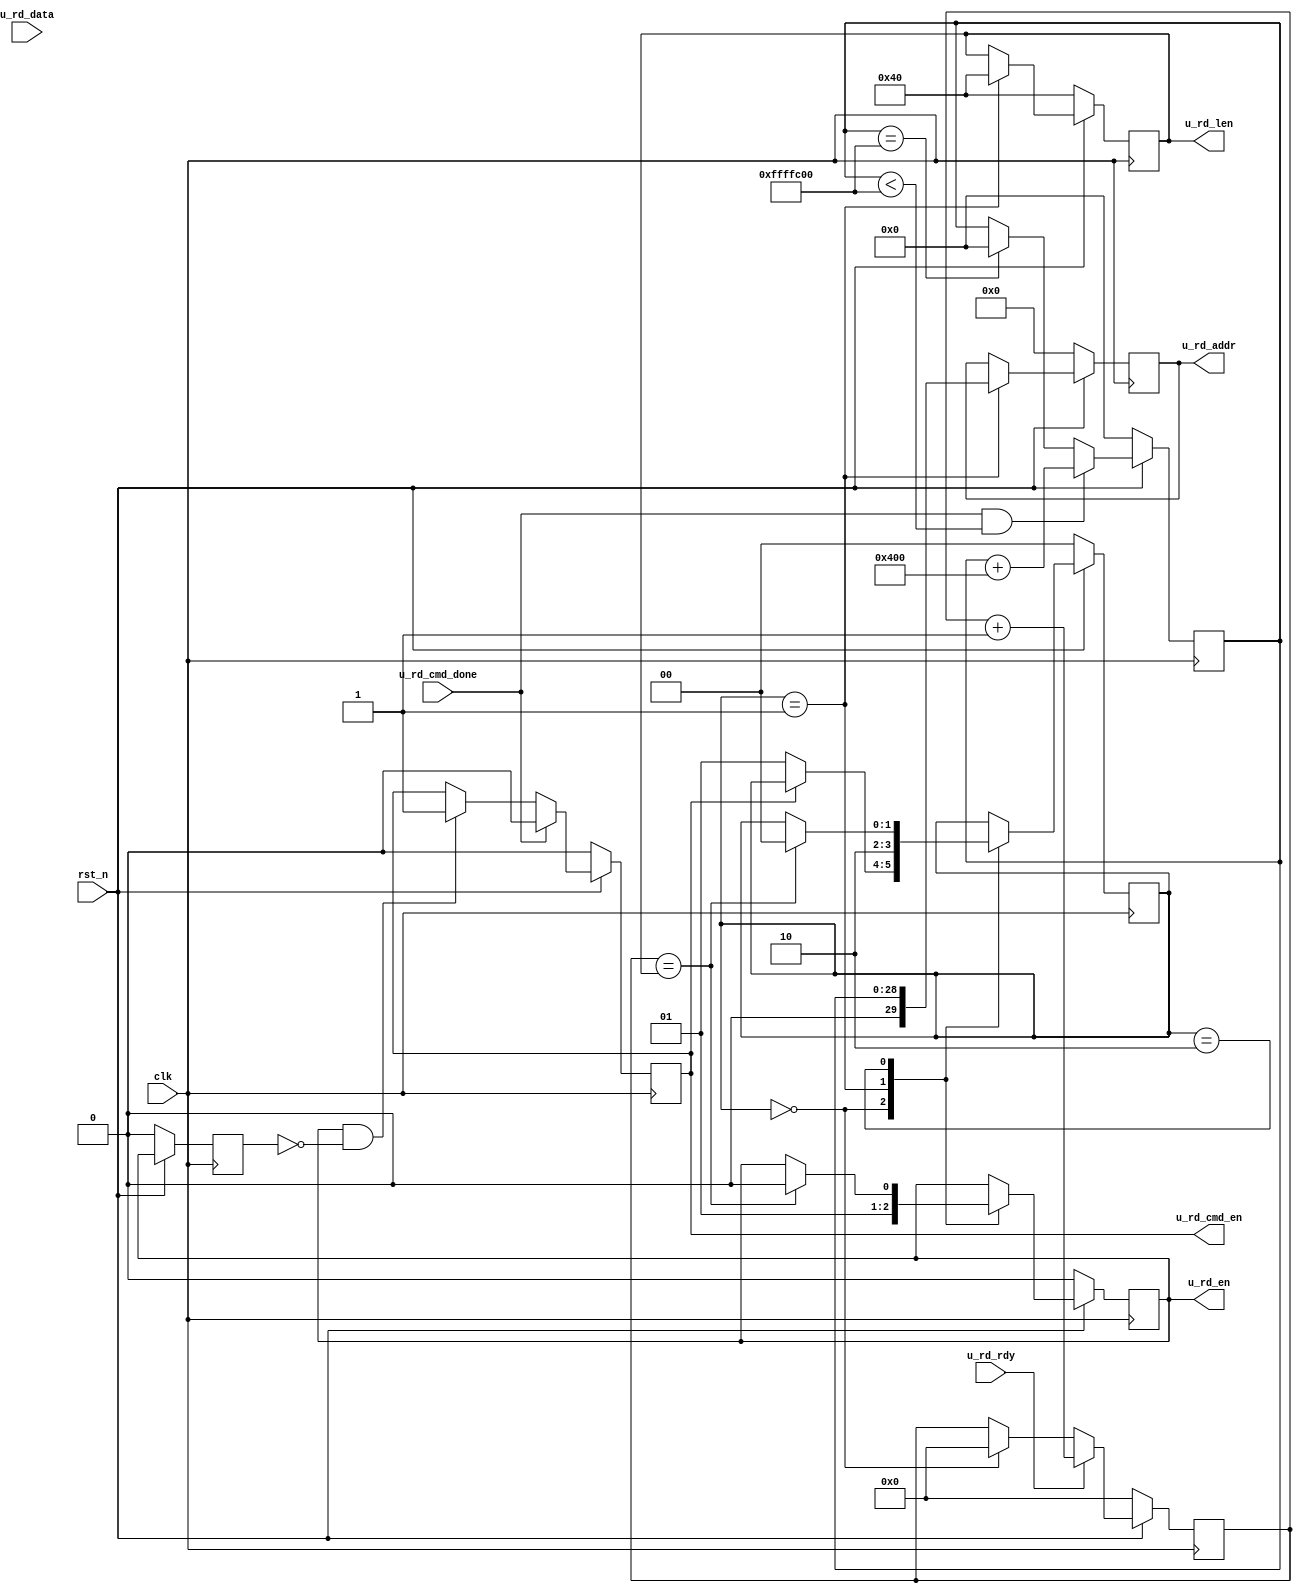

`timescale 1ns / 1ps
//////////////////////////////////////////////////////////////////////////////////
//////////////////////////////////////////////////////////////////////////////////
// Company:
// Engineer:
// WEB:
// BBS:
// Design Name: 	 DDR3_TEST
// Module Name:    u_mcb_read
// Project Name: 	 DDR3_Top
// Target Devices: XC6SLX16-FTG256/XC6SLX25-FTG256 Mis603
// Tool versions:  ISE14.7
// Description: 	 DDR3 memory Test user read mudule
// Revision: 		 V1.0
// Additional Comments: 
//////////////////////////////////////////////////////////////////////////////////
//////////////////////////////////////////////////////////////////////////////////
module u_mcb_read 
(
input clk,
input rst_n,
input u_rd_cmd_done,				//user read cmd done
input u_rd_rdy,					//user read ready,data can be written in in to mcb
output reg u_rd_cmd_en,			//user read cmb cmd enable
output reg u_rd_en,				//user read enable
input [31:0]u_rd_data,			//user read data
output reg [29:0]u_rd_addr,	//user read address
output reg [6 :0]u_rd_len 		// user data len
    );
	 
reg [1 :0]u_rd_s;					// read state
reg [6 :0]u_rd_cnt;				// user read data counter
reg read_error;
(*KEEP = "TRUE" *)  wire [1:0] u_rd_s_r;// debug signal
assign u_rd_s_r = u_rd_s;
(*KEEP = "TRUE" *) wire read_error_dg;

assign read_error_dg = read_error;

parameter RD_IDLE  = 2'd0;
parameter RD_BEGIN = 2'd1;
parameter RD_WAIT  = 2'd2;
parameter RD_RST   = 2'd3;

reg u_rd_en_dly;
always @(posedge clk)
	if(~rst_n)
	begin
		u_rd_en_dly<=1'b0;
	end
	else 
	begin
		u_rd_en_dly <= u_rd_en;
	end

//
always @(posedge clk)
	if(~rst_n)
	begin
		u_rd_cmd_en <= 1'b0;
	end
	else 
	begin
		if(u_rd_cmd_done) 					u_rd_cmd_en <= 1'b0; // clear user read mcb cmd signal
		else if(u_rd_en&&(~u_rd_en_dly)) u_rd_cmd_en <= 1'b1; // enable user read mbb cmd signal
	end

reg s;
//
always @(posedge clk)
	if(~rst_n)
	begin
		read_error<=1'b0;
		s<=0;
	end
	else 
	begin
		if((u_rd_s==RD_WAIT)&&u_rd_rdy)// valid data 
			case(s)
				0:
					if(u_rd_data==128'hAA_AA_AA_AA_AA_AA_AA_AA_AA_AA_AA_AA_AA_AA_AA_AA) s <= 1'b1;
					else read_error<=1'b1;
				1:
					if(u_rd_data==128'h55_55_55_55_55_55_55_55_55_55_55_55_55_55_55_55) s <= 1'b0;
					else read_error<=1'b1;
			endcase
		else if(~u_rd_en)
			begin
				read_error<=1'b0;
				s<=0;
			end
	end

//
always @(posedge clk)
	if(~rst_n)
	begin
		u_rd_cnt<=0;
	end
	else 
	begin
		if(u_rd_rdy)										// valid data 
			u_rd_cnt<=u_rd_cnt+1'b1; 					// count up
		else if(u_rd_s==RD_IDLE)u_rd_cnt<=7'd0; 	// clear counter
	end

reg [28:0]u_rd_addr_set;
//
always @(posedge clk)
	if(~rst_n)
	begin
		u_rd_len 	<= 7'd64; // user read length
		u_rd_addr 	<= 29'd0; // user read address
		u_rd_en 		<= 1'b0;  // user read enable
		u_rd_s		<=	RD_IDLE;
	end
	else 
	begin
		case(u_rd_s)
			RD_IDLE:
			begin
				u_rd_en 		<= 1'b0;
				if(u_rd_cmd_en==1'b0)// when mcb read cmd is done
				u_rd_s		<=	RD_BEGIN;
			end
			RD_BEGIN://read cmd
			begin
				u_rd_len 	<= 7'd64;
				u_rd_addr 	<= u_rd_addr_set;
				u_rd_en 		<= 1'b1;
				u_rd_s		<=	RD_WAIT;
			end
			RD_WAIT://read cmd done
			if(u_rd_cnt==(u_rd_len))begin
				u_rd_s		<=	RD_IDLE;
				u_rd_en 		<= 1'b0;
			end
		endcase
	end

//////////////////////////////////////////////////////////////////////////////////
//Testing address generator
//////////////////////////////////////////////////////////////////////////////////
parameter ADDR_INC = 12'h400;
parameter END_ADDR = 29'h10000000 - ADDR_INC;
always @(posedge clk)
	if(~rst_n)
	begin
		u_rd_addr_set<=29'b0;
	end
	else 
	begin
		if(u_rd_cmd_done&&(u_rd_addr_set<END_ADDR))	
			u_rd_addr_set<=u_rd_addr_set+ADDR_INC;
		else if(u_rd_addr_set==END_ADDR)
			u_rd_addr_set<=0;
	end
endmodule